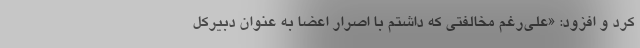
کرد و افزود: «علی‌رغم مخالفتی که داشتم با اصرار اعضا به عنوان دبیرکل